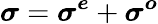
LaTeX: \boldsymbol{\sigma}=\boldsymbol{\sigma^{e}}+\boldsymbol{\sigma^{o}}